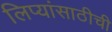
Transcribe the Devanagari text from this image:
लिप्यांसाठीची